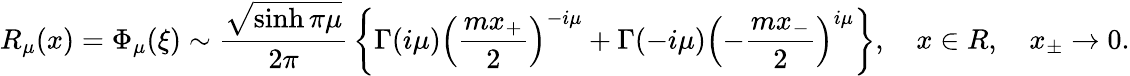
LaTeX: R_{\mu}(x)=\Phi_{\mu}(\xi)\sim\frac{\sqrt{\sinh\pi\mu}}{2\pi}\, \left\{ \Gamma(i\mu)\left(\frac{mx_{+}}2\right)^{-i\mu}+\Gamma(-i\mu)\left(-\frac{mx_{-}}2\right)^{i\mu}\right\} ,\quad x\in R,\quad x_{\pm}\to 0.